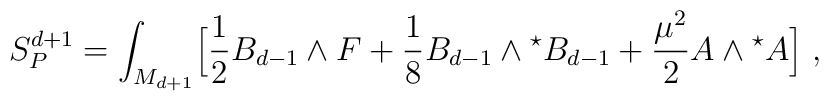
S_{P}^{d+1}=\int_{M_{d+1}}\Bigl[{1\over 2}B_{d-1} \wedge F+{1 \over 8}B_{d-1} \wedge{}^{\star}B_{d-1}+{\mu^2 \over 2}A \wedge{}^{\star}A\Bigl] \;,